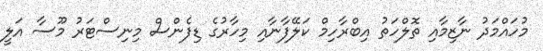
މުހައްމަދު ނާޒިމާއި ތޮލްހަތު އިބްރާހިމް ކަލޭފާނާއި މިހާރުގެ ޑިފެންސް މިނިސްޓަރު މޫސާ އަލީ